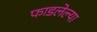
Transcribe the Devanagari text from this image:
फाडलेल्या